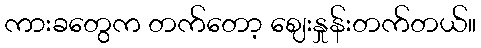
ကားခတွေက တက်တော့ ဈေးနှုန်းတက်တယ်။